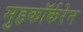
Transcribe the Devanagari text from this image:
मुहकॉर्करेन